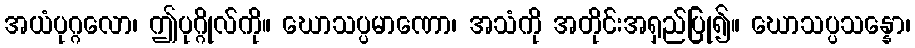
အယံပုဂ္ဂလော၊ ဤပုဂ္ဂိုလ်ကို။ ဃောသပ္ပမာဏော၊ အသံကို အတိုင်းအရှည်ပြု၍။ ဃောသပ္ပသန္နော၊